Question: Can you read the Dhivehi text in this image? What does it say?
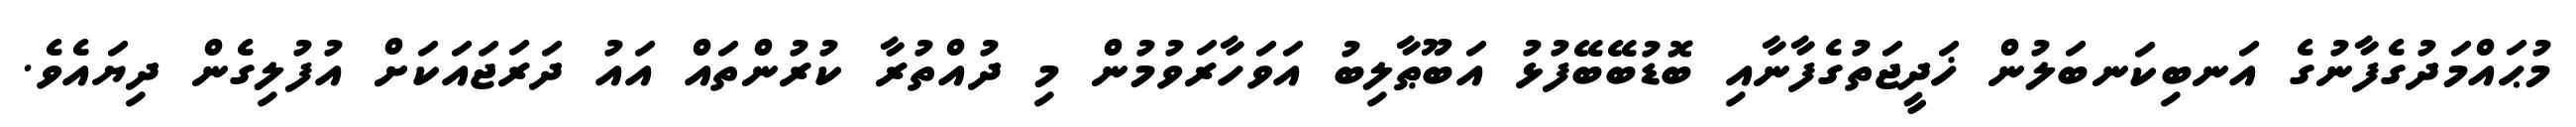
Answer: މުޙައްމަދުގެފާނުގެ އަނބިކަނބަލުން ޚަދީޖަތުގެފާނާއި ބޮޑުބޭބޭފުޅު އަބޫޠާލިބު އަވަހާރަވުމުން މި ދުއްތުރާ ކުރުންތައް އައު ދަރަޖައަކަށް އުފުލިގެން ދިޔައެވެ.